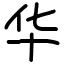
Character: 华